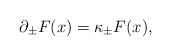
\begin{align*}\partial _{\pm }F(x)=\kappa _{\pm }F(x), \end{align*}